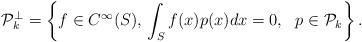
LaTeX: \begin{gather*}\mathcal P_k^\perp = \left\{f\in C^\infty(S), \, \int_Sf(x) p(x) dx=0, \ \ p\in \mathcal P_k \right\}.\end{gather*}